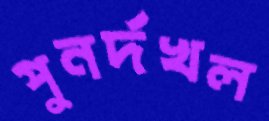
পুনর্দখল